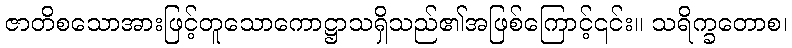
ဇာတိစသောအားဖြင့်တူသောကောဋ္ဌာသရှိသည်၏အဖြစ်ကြောင့်၎င်း။ သရိက္ခတောစ၊